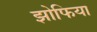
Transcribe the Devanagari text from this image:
झोफिया